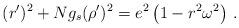
LaTeX: \begin{align*}(r^\prime)^2 + N g_s (\rho^\prime)^2 = e^2 \left( 1 - r^2 \omega^2 \right)\,.\end{align*}